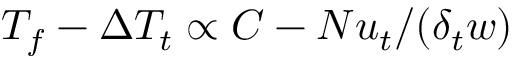
T _ { f } - \Delta T _ { t } \propto C - N u _ { t } / ( \delta _ { t } w )